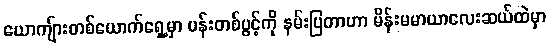
ယောကျ်ားတစ်ယောက်ရှေ့မှာ ပန်းတစ်ပွင့်ကို နမ်းပြတာဟာ မိန်းမမာယာလေးဆယ်ထဲမှာ